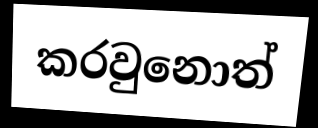
කරවුනොත්